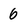
Character: 6